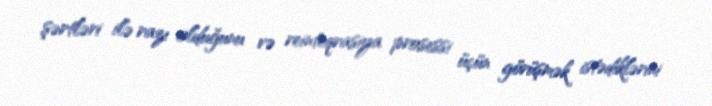
şərtləri ilə razı olduğunu və reinteqrasiya prosessi üçün görüşmək istədiklərini